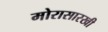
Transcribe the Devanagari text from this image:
मोरासारखी